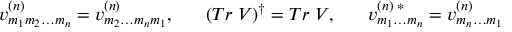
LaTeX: v _ { m _ { 1 } m _ { 2 } \ldots m _ { n } } ^ { ( n ) } = v _ { m _ { 2 } \ldots m _ { n } m _ { 1 } } ^ { ( n ) } , \; \; \; \; \; \; ( T r \; V ) ^ { \dagger } = T r \; V , \; \; \; \; \; \; v _ { m _ { 1 } \ldots m _ { n } } ^ { ( n ) \; * } = v _ { m _ { n } \ldots m _ { 1 } } ^ { ( n ) }